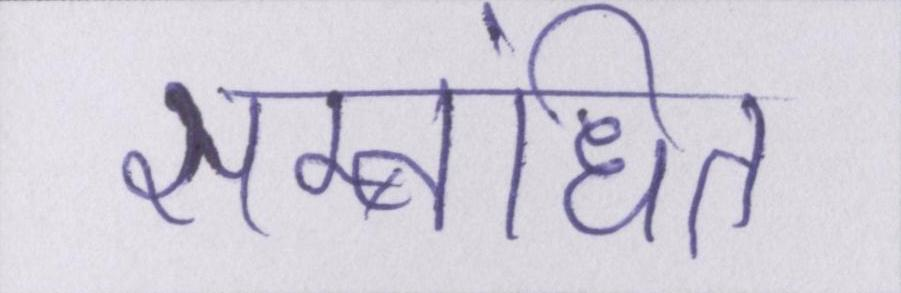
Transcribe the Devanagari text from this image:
सम्बंधित